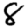
Digit: 8